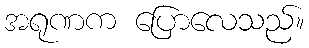
အရုဏက ပြောလေသည်။